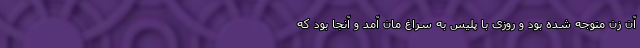
آن زن متوجه شده بود و روزی با پلیس به سراغ مان آمد و آنجا بود که